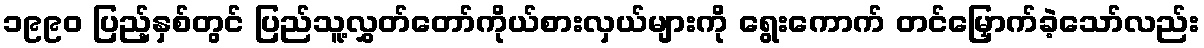
၁၉၉၀ ပြည့်နှစ်တွင် ပြည်သူ့လွှတ်တော်ကိုယ်စားလှယ်များကို ရွေးကောက် တင်မြှောက်ခဲ့သော်လည်း